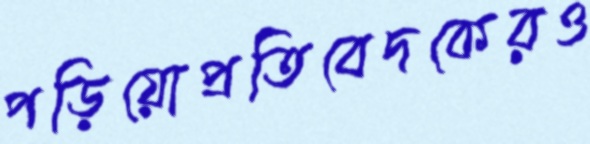
পড়িয়োপ্রতিবেদকেরও